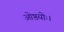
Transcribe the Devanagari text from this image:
ओष्ठयोः।